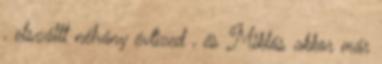
, elszállt néhány évtized , és Miklós akkor már